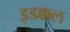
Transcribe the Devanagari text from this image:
इडक्कल